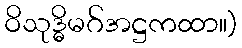
ဝိသုဒ္ဓိမဂ်အဋ္ဌကထာ။)